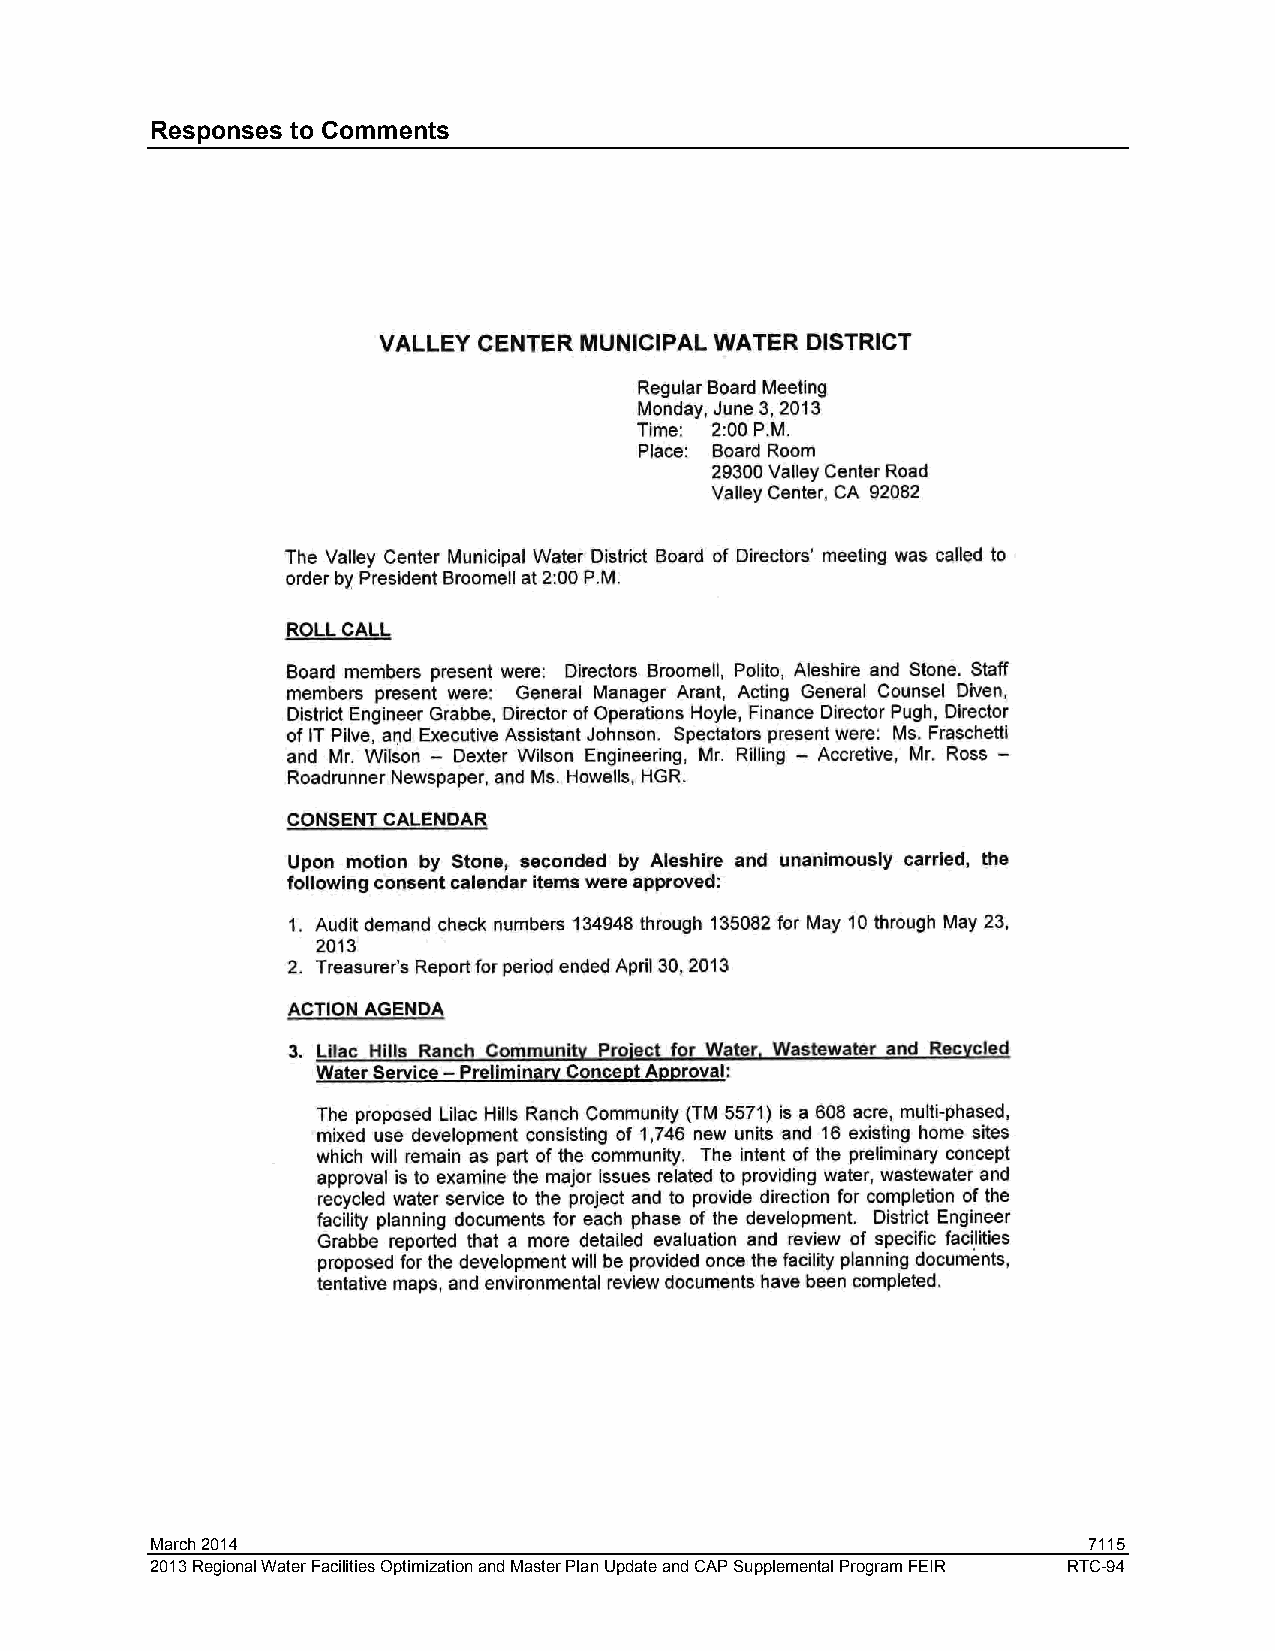
Responses to Comments
 March 2014                                                    7115
 2013 Regional Water Facilities Optimization and Master Plan Update and CAP Supplemental Program FEIR RTC-94